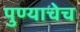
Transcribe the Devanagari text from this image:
पुण्याचेच